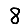
Digit: 8